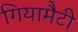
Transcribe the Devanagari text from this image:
गियामैटी